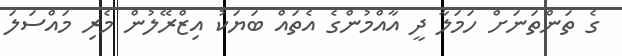
ގެ ތަންތަނަށް ހަމަލާ ދީ އާއްމުންގެ އެތައް ބަޔަކު އިޒްރޭލުން މެރި މައްސަލަ